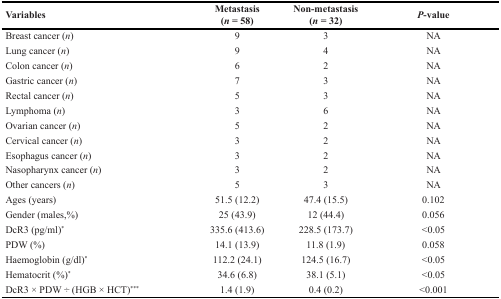
<table><thead><tr><td><b>Variables</b></td><td><b>Metastasis (<i>n</i> = 58)</b></td><td><b>Non-metastasis (<i>n</i> = 32)</b></td><td><b><i>P</i>-value</b></td></tr></thead><tbody><tr><td>Breast cancer (<i>n</i>)</td><td>9</td><td>3</td><td>NA</td></tr><tr><td>Lung cancer (<i>n</i>)</td><td>9</td><td>4</td><td>NA</td></tr><tr><td>Colon cancer (<i>n</i>)</td><td>6</td><td>2</td><td>NA</td></tr><tr><td>Gastric cancer (<i>n</i>)</td><td>7</td><td>3</td><td>NA</td></tr><tr><td>Rectal cancer (<i>n</i>)</td><td>5</td><td>3</td><td>NA</td></tr><tr><td>Lymphoma (<i>n</i>)</td><td>3</td><td>6</td><td>NA</td></tr><tr><td>Ovarian cancer (<i>n</i>)</td><td>5</td><td>2</td><td>NA</td></tr><tr><td>Cervical cancer (<i>n</i>)</td><td>3</td><td>2</td><td>NA</td></tr><tr><td>Esophagus cancer (<i>n</i>)</td><td>3</td><td>2</td><td>NA</td></tr><tr><td>Nasopharynx cancer (<i>n</i>)</td><td>3</td><td>2</td><td>NA</td></tr><tr><td>Other cancers (<i>n</i>)</td><td>5</td><td>3</td><td>NA</td></tr><tr><td>Ages (years)</td><td>51.5 (12.2)</td><td>47.4 (15.5)</td><td>0.102</td></tr><tr><td>Gender (males,%)</td><td>25 (43.9)</td><td>12 (44.4)</td><td>0.056</td></tr><tr><td>DcR3 (pg/ml)<sup>*</sup></td><td>335.6 (413.6)</td><td>228.5 (173.7)</td><td>&lt;0.05</td></tr><tr><td>PDW (%)</td><td>14.1 (13.9)</td><td>11.8 (1.9)</td><td>0.058</td></tr><tr><td>Haemoglobin (g/dl)<sup>*</sup></td><td>112.2 (24.1)</td><td>124.5 (16.7)</td><td>&lt;0.05</td></tr><tr><td>Hematocrit (%)<sup>*</sup></td><td>34.6 (6.8)</td><td>38.1 (5.1)</td><td>&lt;0.05</td></tr><tr><td>DcR3 × PDW ÷ (HGB × HCT)<sup>***</sup></td><td>1.4 (1.9)</td><td>0.4 (0.2)</td><td>&lt;0.001</td></tr></tbody></table>